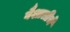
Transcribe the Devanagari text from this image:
वैशालीचे